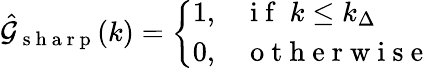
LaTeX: \hat{\mathcal{G}}_{\mathrm{~s~h~a~r~p~}}(k)=\left\{ \begin{array}{rl}{1,}&{\mathrm{~i~f~}\ k\le k_{\Delta}}\\ {0,}&{\mathrm{~o~t~h~e~r~w~i~s~e~}}\end{array}\right.